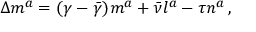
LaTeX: \Delta m ^ { a } = ( \gamma - { \bar { \gamma } } ) m ^ { a } + { \bar { \nu } } l ^ { a } - \tau n ^ { a } \, ,